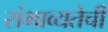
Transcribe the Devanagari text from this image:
संभाव्यतेची